Report on the lunatic asylums under the Government of Bombay - 1904-1913
Year: 1904
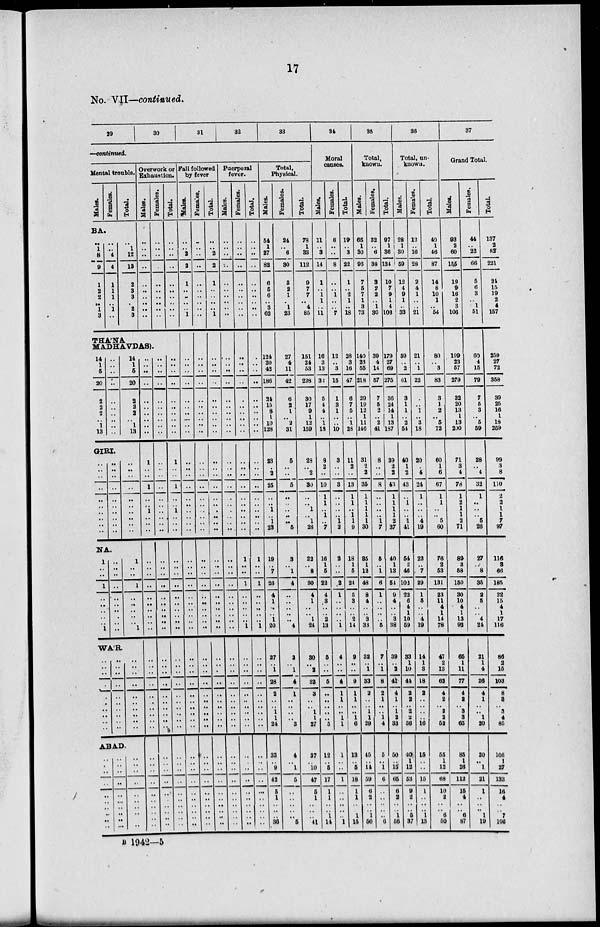
17
No. VII—continued.
29
30
31
32
33
—continued.
Mental trouble.
Males.
Females.
BA.
..
1
8
9
1
2
2
..
1
3
..
..
4
4
1
1
1
..
1
..
Total.
..
1
12
13
2
3
3
..
2
3
THÁNA
Overwork or
Exhaustion.
Males.
..
..
..
..
..
..
..
..
..
..
Females.
.
..
..
..
..
..
..
..
..
..
MADHAVDAS).
14
1
5
20
2
2
2
..
1
13
..
..
..
..
..
..
..
..
..
..
GIRI.
..
..
..
..
..
..
..
..
..
..
..
..
..
..
..
..
..
..
..
..
NA.
1
..
..
1
..
..
..
..
..
1
..
..
..
..
..
..
..
..
..
..
WÁR.
..
..
..
..
..
..
..
..
..
..
..
..
..
..
..
..
..
..
..
..
14
1
5
20
2
2
2
..
1
13
..
..
..
..
..
..
..
..
..
..
1
..
..
1
..
..
..
..
..
1
..
..
..
..
..
..
..
..
..
..
ABAD.
..
..
..
..
..
..
..
..
..
..
..
..
..
..
..
..
..
..
..
..
..
..
..
..
..
..
..
..
..
..
..
..
..
..
..
..
..
..
..
..
1
..
..
1
..
..
1
..
..
..
..
..
..
..
..
..
..
..
..
..
..
..
..
..
..
..
..
..
..
..
..
..
..
..
..
..
..
..
..
..
..
..
..
..
..
..
..
..
..
..
..
..
..
..
..
..
..
..
..
..
..
..
..
..
..
..
..
..
..
..
..
..
..
..
..
..
..
..
..
..
..
..
..
..
..
..
..
..
..
..
Total.
..
..
..
..
..
..
..
..
..
..
..
..
..
..
..
..
..
..
..
..
1
..
..
1
..
..
1
..
..
..
..
..
..
..
..
..
..
..
..
..
..
..
..
..
..
..
..
..
..
..
..
..
..
..
..
..
..
..
..
..
Fall followed
by fever
Males.
..
..
2
2
1
..
..
..
..
1
..
..
..
..
..
..
..
...
..
..
..
..
..
..
..
..
..
..
..
..
..
..
..
..
..
..
..
..
..
..
..
..
..
..
..
..
..
..
..
..
..
..
..
..
..
..
..
..
..
..
Females.
..
..
..
..
..
..
..
..
..
..
..
..
..
..
..
..
..
..
..
..
..
..
..
..
..
..
..
..
..
..
..
..
..
..
..
..
..
..
..
..
..
..
..
..
..
..
..
..
..
..
..
..
..
..
..
..
..
..
..
..
Total.
..
..
2
2
1
..
..
..
..
1
..
..
..
..
..
..
..
..
..
..
..
..
..
..
..
..
..
..
..
..
..
..
..
..
..
..
..
..
..
..
..
..
..
..
..
..
..
..
..
..
..
..
..
..
..
..
..
..
..
..
Puerperal
fever.
Males.
..
..
..
..
..
..
..
..
..
..
..
..
..
..
..
..
..
..
..
..
..
..
..
..
..
..
..
..
..
..
..
..
..
..
..
..
..
..
..
..
..
..
..
..
..
..
..
..
..
..
..
..
..
..
..
..
..
..
..
..
Females.
..
..
..
..
..
..
..
..
..
..
..
..
..
..
..
..
..
..
..
..
..
..
..
..
..
..
..
..
..
..
1
..
..
1
..
..
..
..
..
1
..
..
..
..
..
..
..
..
..
..
..
..
..
..
..
..
..
..
..
..
Total.
..
..
..
..
..
..
..
..
..
..
..
..
..
..
..
..
..
..
..
..
..
..
..
..
..
..
..
..
..
..
1
..
..
1
..
..
..
..
..
1
..
..
..
..
..
..
..
..
..
..
..
..
..
..
..
..
..
..
..
..
Total,
Physical.
Males.
54
1
27
82
6
5
6
..
3
62
124
20
42
186
24
15
8
1
10
128
23
..
2
25
..
..
1
..
1
23
19
..
7
26
4
1
..
.. 1
20
27
..
1
28
2
..
..
1
1
24
33
..
9
42
5
1
..
..
..
36
Females.
24
..
6
30
3
2
1
..
1
23
27
4
11
42
6
2
1
..
2
31
5
..
..
5
..
..
..
..
..
5
3
..
1
4
..
..
..
.. ..
4
3
..
1
4
1
..
..
..
..
3
4
..
1
5
..
..
..
..
..
5
Total.
78
1
33
112
9
7
7
..
4
85
151
24
53
228
30
17
9
1
12
159
28
..
2
30
..
..
1
..
1
28
22
..
8
30
4
1
..
.. 1
24
30
..
2
32
3
..
..
1
1
27
37
..
10
47
5
1
..
..
..
41
34
Moral
causes.
Males.
11
..
3
14
1
..
1
1
..
11
16
3
13
32
5
4
4
..
1
18
8
2
..
10
1
1
..
1
..
7
16
1
5
22
4
3
..
.. 2
13
5
..
..
5
..
..
..
..
..
5
12
..
5
17
1
1
..
..
1
14
Females.
8
..
..
8
..
..
1
..
..
7
12
..
3
15
1
3
1
..
..
10
3
..
..
3
..
..
..
..
1
2
2
..
..
2
1
..
..
.. ..
1
4
..
..
4
1
1
..
..
1
1
1
..
..
1
..
..
..
..
..
1
Total.
19
..
3
22
1
..
2
1
..
18
28
3
16
47
6
7
5
..
1
28
11
2
..
13
1
1
..
1
1
9
18
1
5
24
5
3
..
.. 2
14
9
..
..
9
1
1
..
..
1
6
13
..
5
18
1
1
..
..
1
15
35
Total,
known.
Males.
65
1
30
96
7
5
7
1
3
73
140
23
55
218
29
19
12
1
11
146
31
2
2
35
1
1
1
1
1
30
35
1
12
48
8
4
..
.. 3
33
32
..
1
33
2
..
..
1
1
29
45
..
14
59
6
2
..
..
1
50
Females.
32
..
6
38
3
2
2
..
1
30
39
4
14
57
7
5
2
..
2
41
8
..
..
8
..
..
..
..
1
7
5
..
1
6
1
..
..
.. ..
5
7
..
1
8
2
1
..
..
1
4
5
..
1
6
..
..
..
..
..
6
Total.
97
1
36
134
10
7
9
1
4
103
179
27
69
275
36
24
14
1
13
187
39
2
2
43
1
1
1
1
2
37
40
1
13
54
9
4
..
.. 3
38
39
..
2
41
4
1
..
1
2
33
50
..
15
65
6
2
..
..
1
56
36
Total, un-
known.
Males.
28
1
30
59
12
4
9
1
..
33
59
..
2
61
3
1
1
..
2
54
40
1
2
43
..
1
..
..
1
41
54
2
46
102
22
6
4
1
10
59
33
1
10
44
2
2
..
2
2
36
40
1
12
53
9
2
..
..
5
37
Females.
12
..
16
28
2
4
1
..
..
21
21
..
1
22
..
..
1
..
3
18
20
..
4
24
1
..
..
..
4
19
22
..
7
29
1
5
..
..
4
19
14
1
3
18
2
..
..
..
..
16
15
..
..
15
1
..
..
..
1
13
Total.
40
1
46
87
14
8
10
1
..
54
80
..
3
83
3
1
2
..
5
72
60
1
6
67
1
1
..
..
5
60
76
2
53
131
23
11
4
1
14
78
47
2
13
62
4
2
..
2
2
52
55
1
12
68
10
2
..
..
6
50
37
Grand Total.
Males.
93
2
60
155
19
9
16
2
3
106
199
23
57
279
32
20
13
1
13
200
71
3
4
78
1
2
1
1
2
71
89
3
58
150
30
10
4
1
13
92
65
1
11
77
4
2
..
3
3
65
85
1
26
112
15
4
..
..
6
87
Females.
44
..
22
66
5
6
3
..
1
51
60
4
15
79
7
5
3
..
5
59
28
..
4
32
1
..
..
..
5
26
27
..
8
35
2
5
..
..
4
24
21
1
4
26
4
1
..
..
1
20
20
..
1
21
1
..
..
..
1
19
Total.
137
2
82
221
24
15
19
2
4
157
259
27
72
358
39
25
16
1
18
259
99
3
8
110
2
2
1
1
7
97
116
3
66
185
32
15
4
1
17
116
86
2
15
103
8
3
..
3
4
85
105
1
27
133
16
4
..
..
7
106
B 1942—5